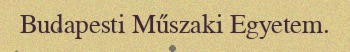
Budapesti Műszaki Egyetem.